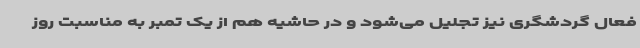
فعال گردشگری نیز تجلیل می‌شود و در حاشیه هم از یک تمبر به مناسبت روز